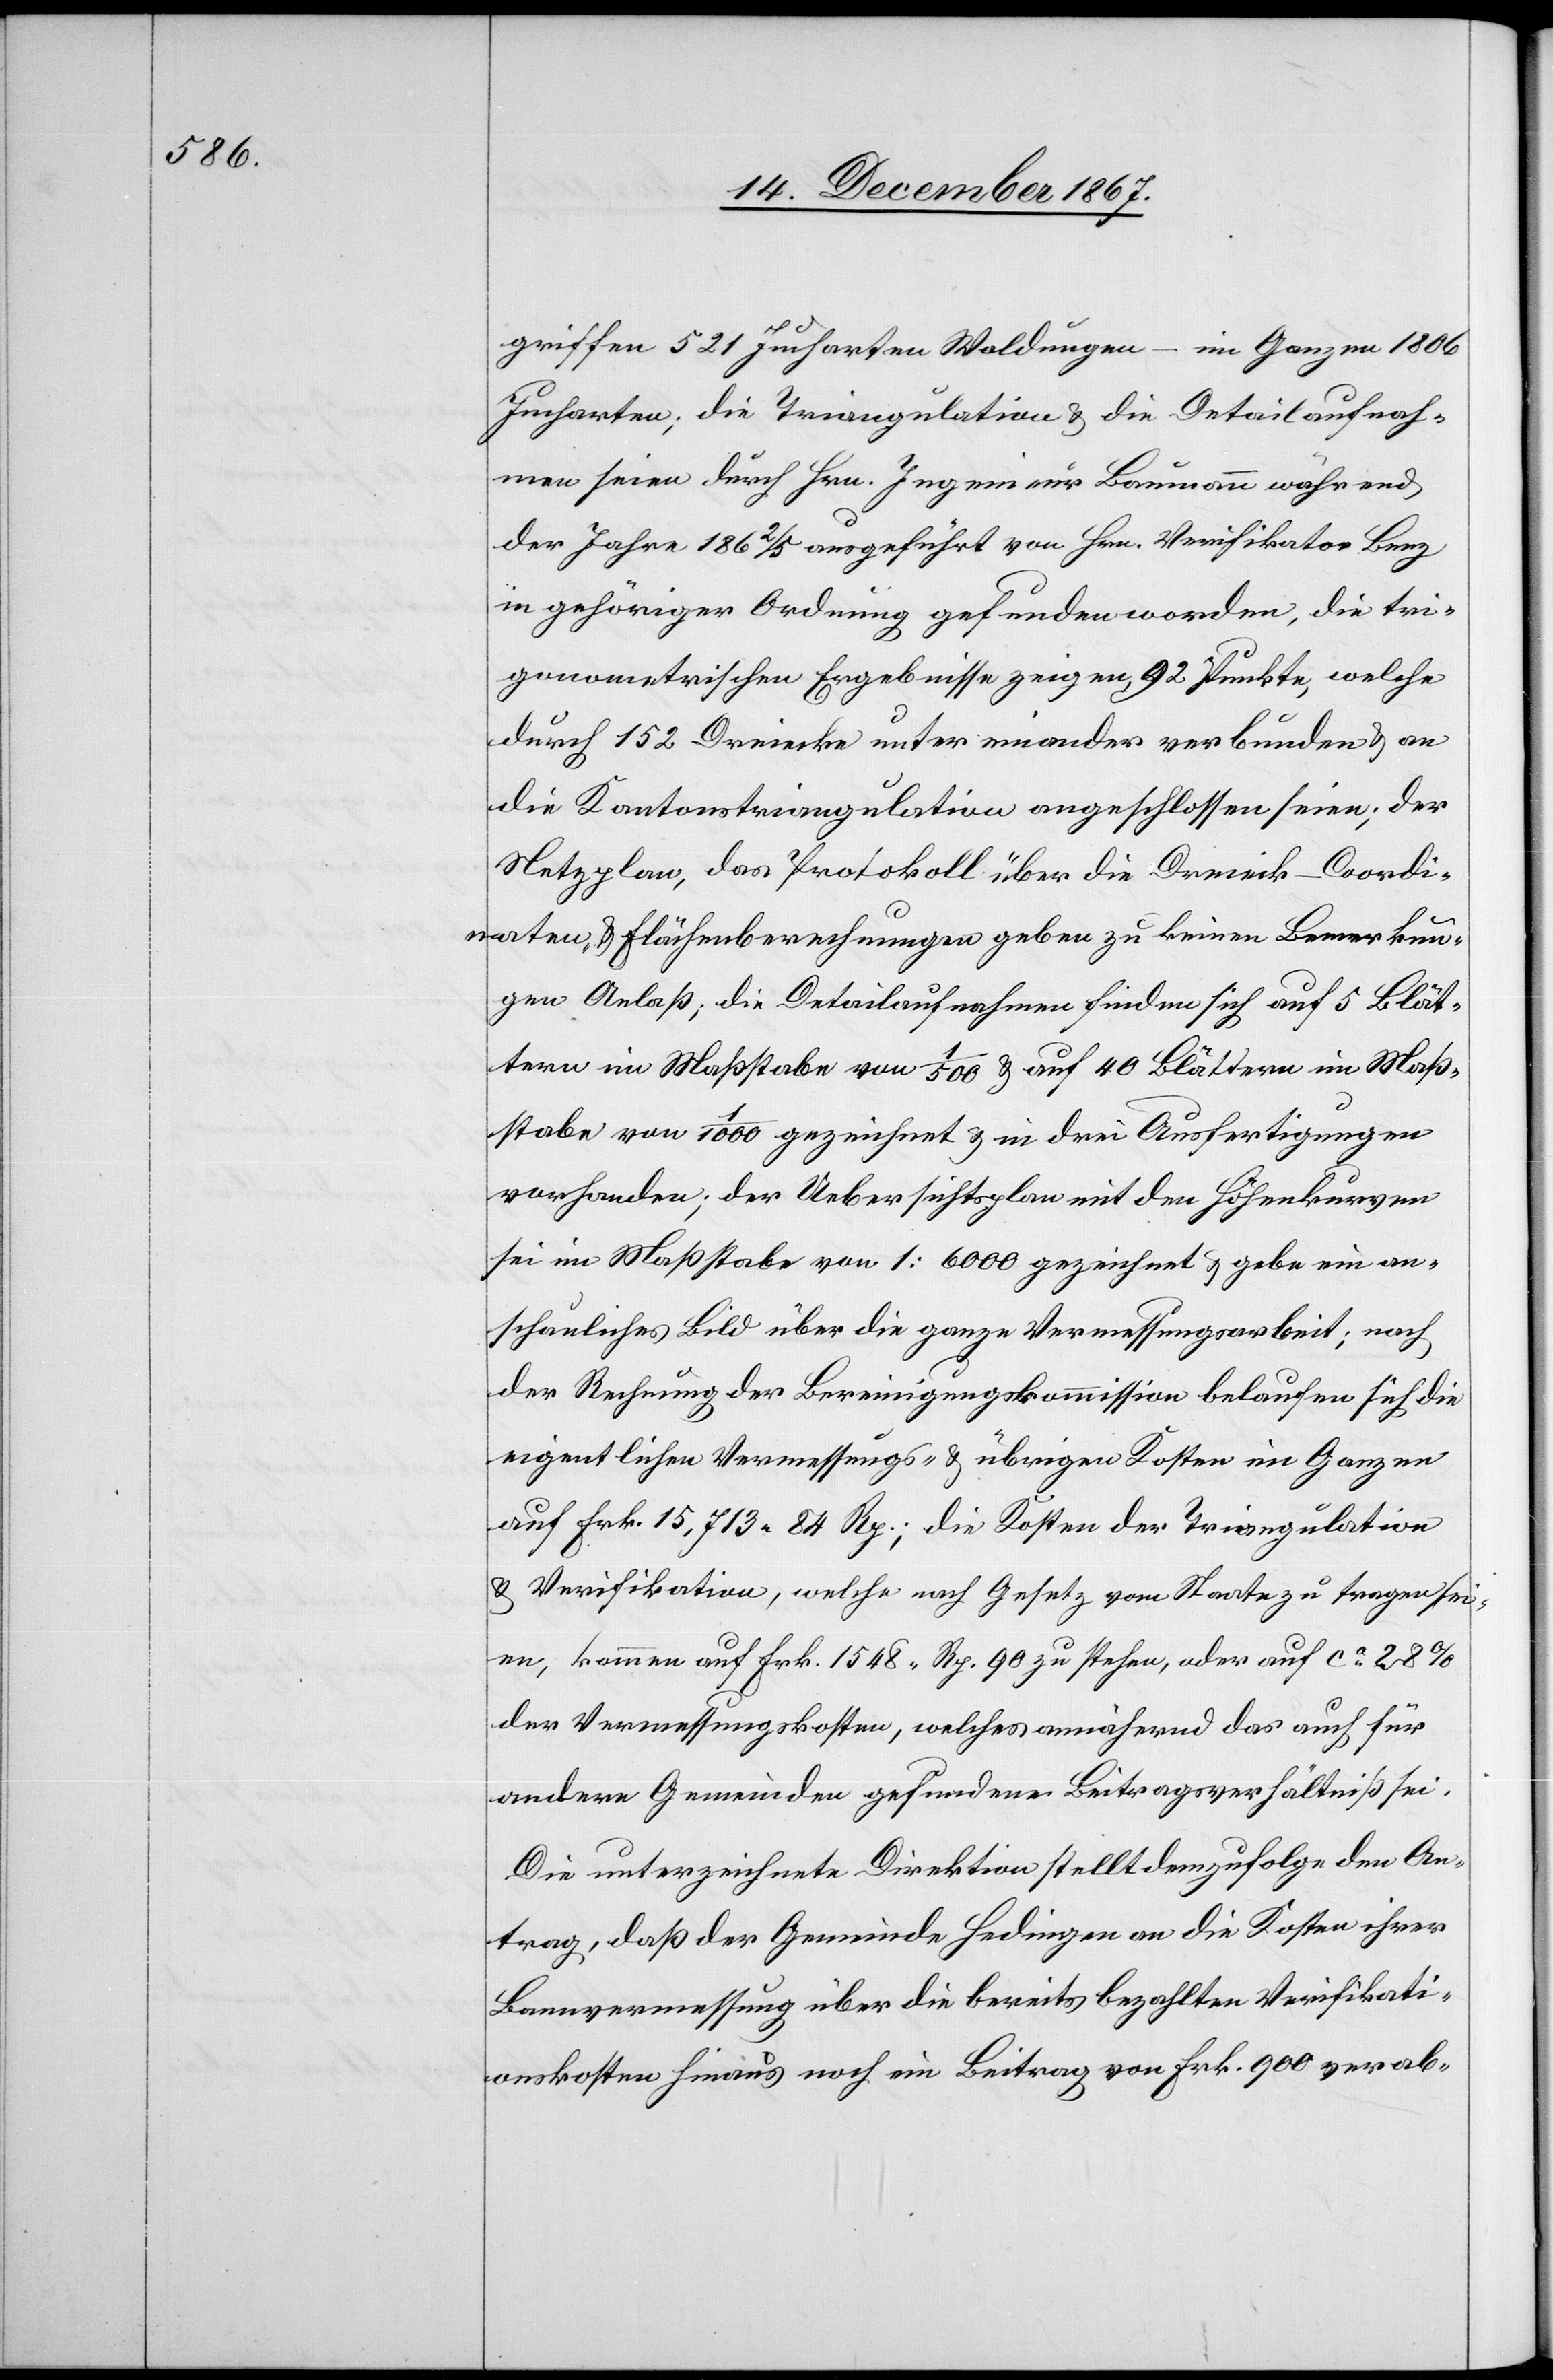
griffen 521 Jucharten Waldungen – im Ganzen 1806
Jucharten; die Triangulation u. die Detailaufnah¬
men seien durch Hrn. Ingenieur Baumann während
der Jahre 1862/5 ausgeführt von Hrn. Verifikator Benz
in gehöriger Ordnung gefunden worden, die tri¬
gonometrischen Ergebnisse zeigen 92 Punkte, welche
durch 152 Dreiecke unter einander verbunden u. an
die Kantonstriangulation angeschlossen seien; der
Netzplan, das Protokoll über die Dreieck-Coordi¬
naten u. Flächenberechnungen geben zu keinen Bemerkun¬
gen Anlaß; die Detailaufnahmen finden sich auf 5 Blät¬
tern im Maßstabe von 1/500 auf 40 Blättern im Maß¬
stabe von 1/1000 gezeichnet u. in drei Ausfertigungen
vorhanden; der Uebersichtsplan mit den Höhenkurven
sei im Maßstabe von 1:6000 gezeichnet u. gebe ein an¬
schauliches Bild über die ganze Vermessungsarbeit; nach
der Rechnung der Bereinigungskommission belaufen sich die
eigentlichen Vermessungs- u. übrigen Kosten im Ganzen
auf Frk. 15 713.84 Rp.; die Kosten der Triangulation
u. Verifikation, welche nach Gesetz vom Staate zu tragen sei¬
en, kommen auf Frk. 1548 Rp. 90 zu stehen, oder auf ca 28%
der Vermessungskosten [sic!], welches annähernd das auch für
andere Gemeinden gefundene Beitragsverhältniß sei.
Die unterzeichnete Direktion stellt demzufolge den An¬
trag, daß der Gemeinde Hedingen an die Kosten ihrer
Bannvermessung über die breits bezahlten Verifikati¬
onskosten hinaus noch ein Beitrag von Frk. 900 verab-